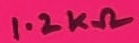
Text: 1.2KΩ